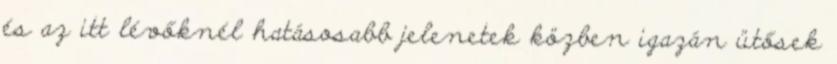
és az itt lévőknél hatásosabb jelenetek közben igazán ütősek